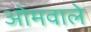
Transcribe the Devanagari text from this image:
ओमवाले